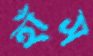
হাঁস